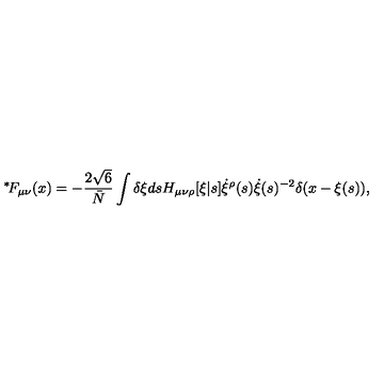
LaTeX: \mathrm { \mathrm { } ^ * \! } F _ { \mu \nu } ( x ) = - \frac { 2 \sqrt { 6 } } { \bar { N } } \int \delta \xi d s H _ { \mu \nu \rho } [ \xi | s ] \dot { \xi } ^ { \rho } ( s ) \dot { \xi } ( s ) ^ { - 2 } \delta ( x - \xi ( s ) ) ,